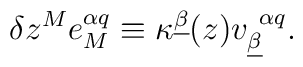
\delta z^Me_M^{\alpha q}\equiv\kappa^{\underline\beta}(z)v_{\underline\beta}^{~\alpha q}.